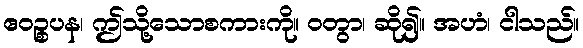
ဧဝဉ္စပန၊ ဤသို့သောစကားကို။ ဝတွာ၊ ဆို၍။ အဟံ၊ ငါသည်။